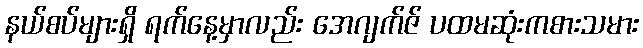
နယ်စပ်များရှိ ရက်နေ့မှာလည်း အေဂျက်ဇ် ပထမဆုံးကစားသမား